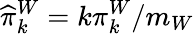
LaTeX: \widehat{\pi}_{k}^{W}=k\pi_{k}^{W}/m_{W}